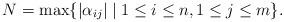
LaTeX: \begin{align*}N = \max \{|\alpha_{ij}| \;|\;1\leq i \leq n, 1\leq j \leq m \}.\end{align*}